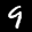
Digit: 9